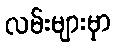
လမ်းများမှာ